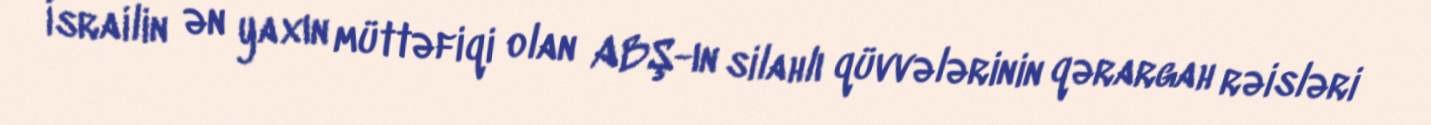
İsrailin ən yaxın müttəfiqi olan ABŞ-ın silahlı qüvvələrinin qərargah rəisləri